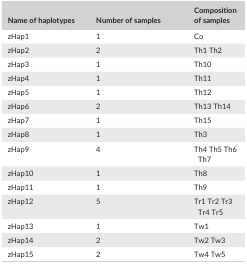
<table><thead><tr><td><b>Name of haplotypes</b></td><td><b>Number of samples</b></td><td><b>Composition of samples</b></td></tr></thead><tbody><tr><td>zHap1</td><td>1</td><td>Co</td></tr><tr><td>zHap2</td><td>2</td><td>Th1 Th2</td></tr><tr><td>zHap3</td><td>1</td><td>Th10</td></tr><tr><td>zHap4</td><td>1</td><td>Th11</td></tr><tr><td>zHap5</td><td>1</td><td>Th12</td></tr><tr><td>zHap6</td><td>2</td><td>Th13 Th14</td></tr><tr><td>zHap7</td><td>1</td><td>Th15</td></tr><tr><td>zHap8</td><td>1</td><td>Th3</td></tr><tr><td>zHap9</td><td>4</td><td>Th4 Th5 Th6 Th7</td></tr><tr><td>zHap10</td><td>1</td><td>Th8</td></tr><tr><td>zHap11</td><td>1</td><td>Th9</td></tr><tr><td>zHap12</td><td>5</td><td>Tr1 Tr2 Tr3 Tr4 Tr5</td></tr><tr><td>zHap13</td><td>1</td><td>Tw1</td></tr><tr><td>zHap14</td><td>2</td><td>Tw2 Tw3</td></tr><tr><td>zHap15</td><td>2</td><td>Tw4 Tw5</td></tr></tbody></table>